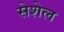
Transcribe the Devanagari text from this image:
सेशेल